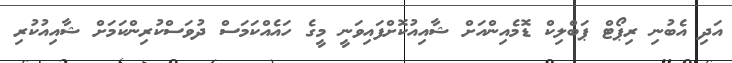
އަދި އެބުނި ރިޕޯޓް ޕަބްލިކް ޑޮމެއިންއަށް ޝާއިއުކޮށްފައިވަނީ މީގެ ހައެއްކަމަސް ދުވަސްކުރިންކަމަށް ޝާއިއުކުރި